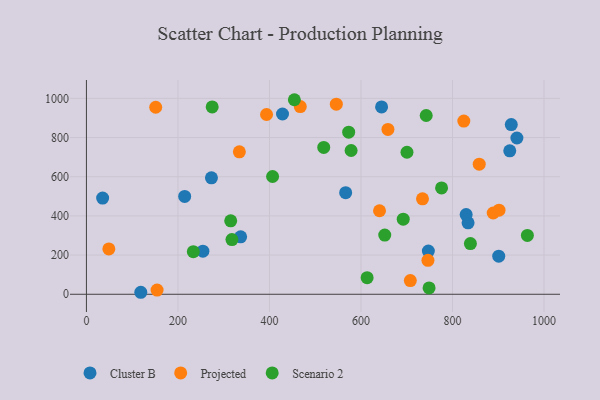
{"axis": {"x": "Ad Spend", "y": "Yield"}, "legend": ["Cluster B", "Projected", "Scenario 2"], "data": [{"x": "901.0", "y": 194.6, "type": "Cluster B"}, {"x": "928.4", "y": 866.5, "type": "Cluster B"}, {"x": "834.0", "y": 364.9, "type": "Cluster B"}, {"x": "118.8", "y": 10.2, "type": "Cluster B"}, {"x": "645.0", "y": 956.3, "type": "Cluster B"}, {"x": "747.2", "y": 220.3, "type": "Cluster B"}, {"x": "254.5", "y": 220.0, "type": "Cluster B"}, {"x": "337.0", "y": 293.4, "type": "Cluster B"}, {"x": "566.5", "y": 518.6, "type": "Cluster B"}, {"x": "940.7", "y": 797.7, "type": "Cluster B"}, {"x": "35.4", "y": 491.3, "type": "Cluster B"}, {"x": "273.2", "y": 594.6, "type": "Cluster B"}, {"x": "829.8", "y": 406.6, "type": "Cluster B"}, {"x": "214.7", "y": 499.4, "type": "Cluster B"}, {"x": "925.1", "y": 732.2, "type": "Cluster B"}, {"x": "428.5", "y": 920.2, "type": "Cluster B"}, {"x": "858.4", "y": 663.9, "type": "Projected"}, {"x": "467.3", "y": 958.2, "type": "Projected"}, {"x": "546.1", "y": 970.4, "type": "Projected"}, {"x": "151.4", "y": 954.6, "type": "Projected"}, {"x": "154.4", "y": 21.4, "type": "Projected"}, {"x": "901.6", "y": 429.2, "type": "Projected"}, {"x": "746.3", "y": 173.4, "type": "Projected"}, {"x": "334.2", "y": 727.0, "type": "Projected"}, {"x": "658.9", "y": 841.3, "type": "Projected"}, {"x": "824.7", "y": 884.0, "type": "Projected"}, {"x": "393.6", "y": 917.8, "type": "Projected"}, {"x": "49.0", "y": 231.3, "type": "Projected"}, {"x": "888.9", "y": 414.9, "type": "Projected"}, {"x": "734.4", "y": 487.2, "type": "Projected"}, {"x": "707.8", "y": 69.7, "type": "Projected"}, {"x": "640.5", "y": 426.3, "type": "Projected"}, {"x": "748.8", "y": 32.6, "type": "Scenario 2"}, {"x": "692.3", "y": 383.5, "type": "Scenario 2"}, {"x": "963.6", "y": 300.2, "type": "Scenario 2"}, {"x": "839.1", "y": 258.6, "type": "Scenario 2"}, {"x": "700.5", "y": 724.9, "type": "Scenario 2"}, {"x": "573.1", "y": 827.6, "type": "Scenario 2"}, {"x": "318.0", "y": 279.2, "type": "Scenario 2"}, {"x": "776.1", "y": 542.8, "type": "Scenario 2"}, {"x": "578.4", "y": 733.9, "type": "Scenario 2"}, {"x": "454.4", "y": 993.1, "type": "Scenario 2"}, {"x": "518.6", "y": 749.8, "type": "Scenario 2"}, {"x": "315.3", "y": 374.8, "type": "Scenario 2"}, {"x": "742.5", "y": 912.5, "type": "Scenario 2"}, {"x": "651.9", "y": 302.3, "type": "Scenario 2"}, {"x": "233.6", "y": 217.7, "type": "Scenario 2"}, {"x": "613.4", "y": 84.7, "type": "Scenario 2"}, {"x": "406.8", "y": 601.1, "type": "Scenario 2"}, {"x": "274.8", "y": 956.5, "type": "Scenario 2"}]}